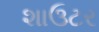
શાઉટર